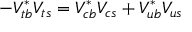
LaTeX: - V _ { t b } ^ { * } V _ { t s } = V _ { c b } ^ { * } V _ { c s } + V _ { u b } ^ { * } V _ { u s }